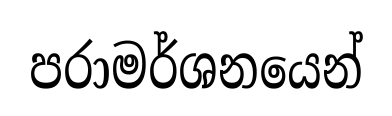
පරාමර්ශනයෙන්